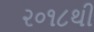
૨૦૧૮થી